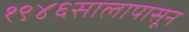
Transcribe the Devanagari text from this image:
१९४६सालापासून